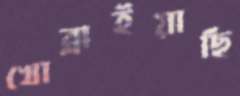
খোব্‌লাইয়াছি